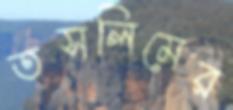
তসলিমের